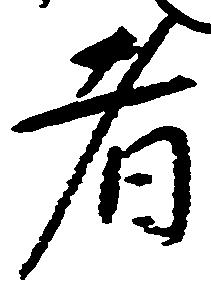
者